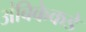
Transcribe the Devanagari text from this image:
अंबिकेकडे